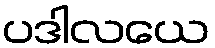
ပဒါလယေ